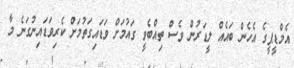
އެމްޑީޕީގެ އެހެން ބައެއް ލީޑަރުން ވެސް ތިއްބެވީ ގައުމަށް ވަޑައިގަތުމަށް ކެރިވަޑައިނުގަނެ މާ